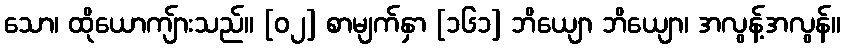
သော၊ ထိုယောကျ်ားသည်။ [၀၂] စာမျက်နှာ [၁၆၁] ဘိယျော ဘိယျော၊ အလွန့်အလွန်။